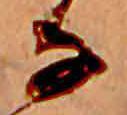
な